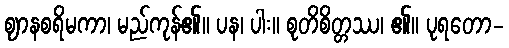
ဈာနစရိမကာ၊ မည်ကုန်၏။ ပန၊ ပါး။ စုတိစိတ္တဿ၊ ၏။ ပုရတော-